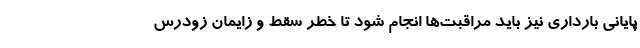
پایانی بارداری نیز باید مراقبت‌ها انجام شود تا خطر سقط و زایمان زودرس